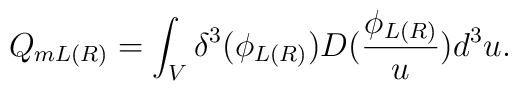
Q_{mL(R)}=\int_V\delta ^3(\phi _{L(R)})D(\frac{\phi _{L(R)}}u)d^3u.